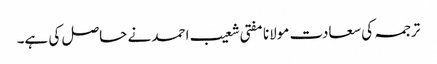
ترجمہ کی سعادت مولانا مفتی شعیب احمد نے حاصل کی ہے۔